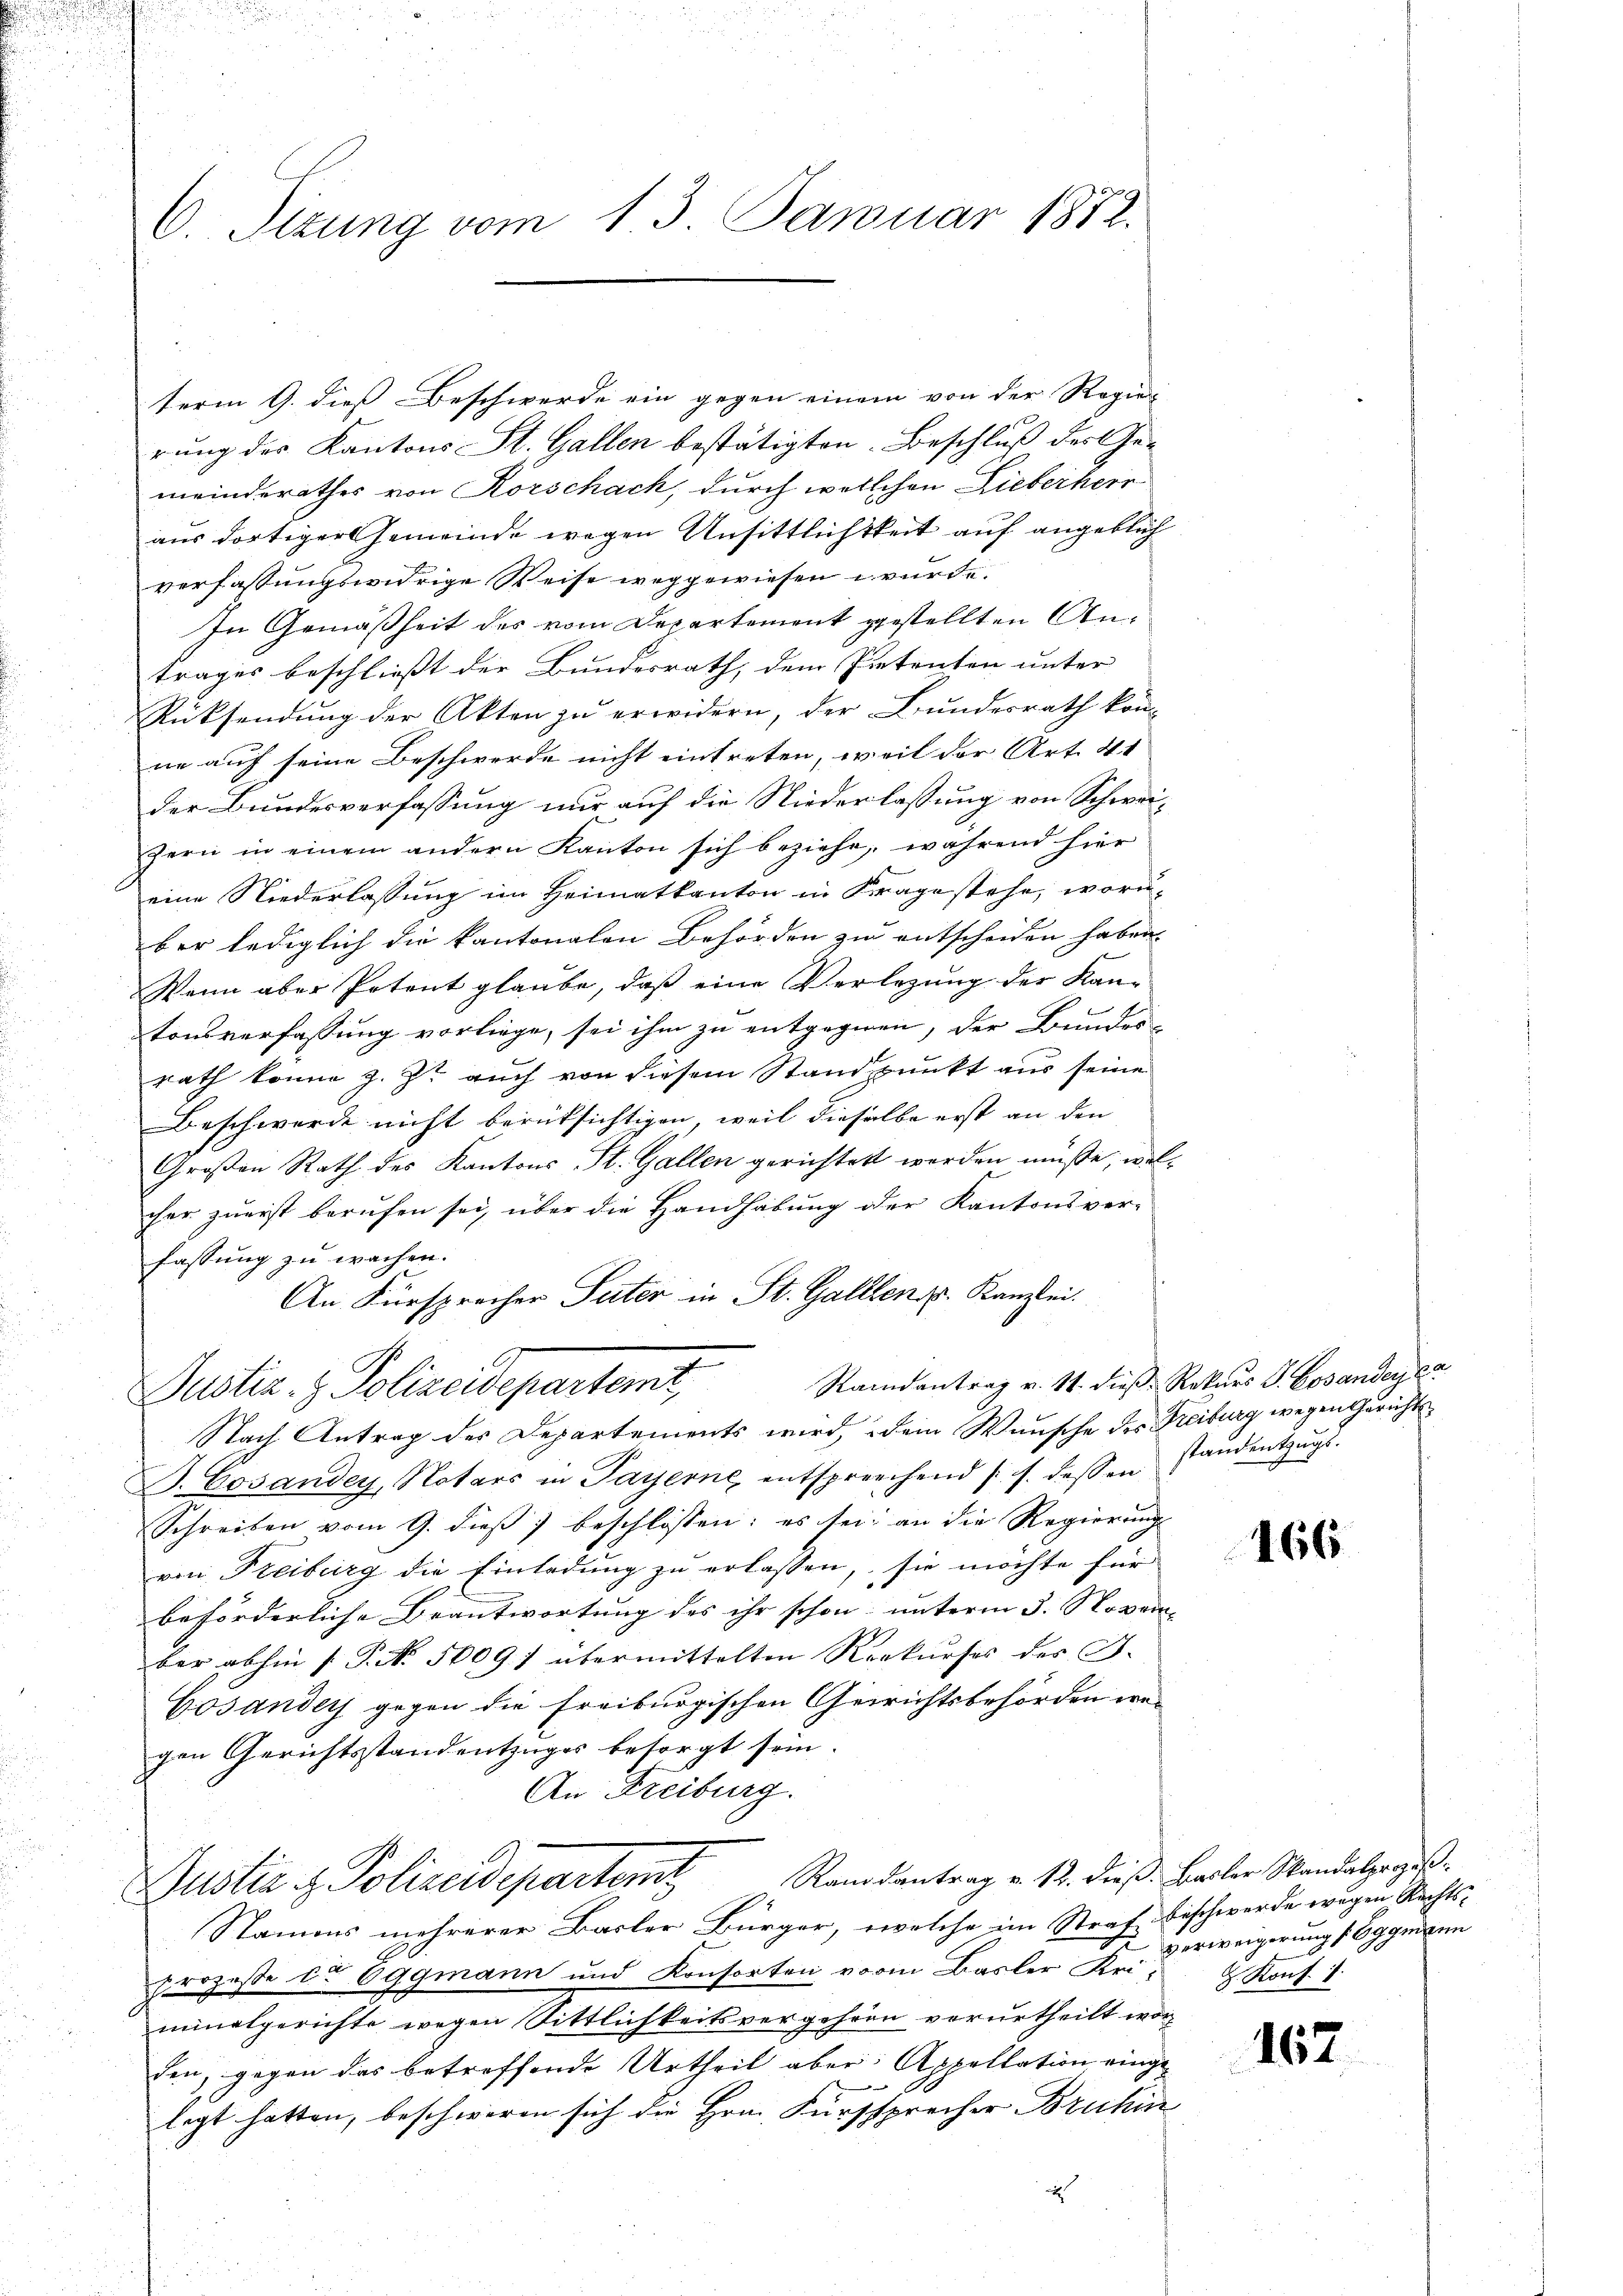
C. Sizung vom 13. Januar 1882.

term 9. dieß Beschwerde ein gegen einem von der Regier
rung des Kantons St. Gallen bestätigten Beschluß des Gemeinderathes von Korschach, durch welchen Lieberheir
aus dortiger Gemeinde wegen Ansittlichtkeit auf angeblich
verfassungswidrige Weise weggewiesen würde.
In Gemäßheit des vom Departement gestellten Antrages beschliesst der Bundesrath, dem Pietenten unter
Rücksendung der Akten zu erwidern, der Bundesrath kon-
ne auf seine Beschwerde nicht eintreten, weil der Art. 44
der Bundesverfassung nur auf die Niederlassung von Schwazern in einem andern Kanton sich beziehe, während hier
eine Niederlassung im Heimatkanton in Frage stehe, woru-
ber lediglich die kantonalen Behörden zu entscheiden haben.
Wenn aber Petent glaube, daß eine Verlegung der Kan-
tonsverfassung vorliege, sei ihm zu entgegnen, der Bundes-
rath könne z. Zt. auch von diesem Standpunkt aus seine
Beschwerde nicht berüksichtigen, weil dieselbe erst an den
Großen Rath des Kantons St. Gallen gerichtet werden müße, welcher zuerst berufen sei, über die Handhabung der Kantonsver-
fassung zu wachen.
An Fürsprecher Suter in St. Gallen. Kanzlei.
Randantrag v. 11. dieß Rekurs J. Cosanden er
Justiz- & Polizeidepartemt,
Nach Antrag des Departements wird, dem Wunsche des Freiburg wegen Gerichts¬
B. Gesandey, Notars in Payerne, entsprechend (s. dessen standentzŭgs-
Schreiben vom 9. dieß beschlossen; es sei an die Regierung
von Freiburg die Einladung zu erlassen, sie möchte für
beförderliche Beantwortung des ihr schon unterm 3. Novem
ber abhin (P. Nr. 5009f übermittelten Rekŭrses des F.
Cosander gegen die freiburgischen Gerichtsbehörden wegen Gerichtsstandentzuges besorgt sein.
An Freiburg.
Randantrag v. 12. dieß. Basler Skandalprozeß¬
Justiz & Polizeideparten
Stamms mehrerer Basler Bürger, welche im Straf Beschwerde wegen Rechtsprozesse de 6ggmann und Konsorten vor Basler Uri- & Kons. 1
minalgerichte wegen Sittlichkeitsvergehren verurtheilt worden, gegen das betreffende Urtheil aber Appellation einge-
—
legt hatten, beschweren sich die Hrn. Fürsprecher Bruhin
d

466

verweigerung (6ggmann

162.